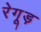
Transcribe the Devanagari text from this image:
रेगूड़